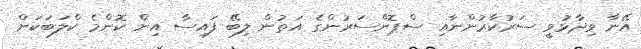
އޭނާ ވިދާޅުވީ ސަރުކާރުންނާއި ސްޕޮންސަރުންގެ އަތުން ލިބޭ ފައިސާ އިން ކޮންމެ ކްލަބަކަށް